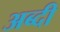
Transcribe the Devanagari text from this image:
अब्दी